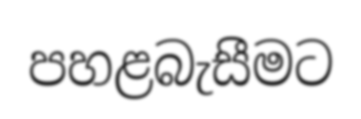
පහළබැසීමට